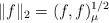
\begin{align*} \|f\|_2 =(f,f)_{\mu }^{1/2}\end{align*}